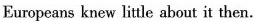
Europeans knew little about it then.